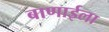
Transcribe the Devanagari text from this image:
बाणाईला